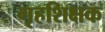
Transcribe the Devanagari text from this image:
गृहशिक्षक